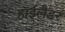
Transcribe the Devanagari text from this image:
हाईलैडर